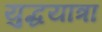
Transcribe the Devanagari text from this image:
युद्धयात्रा